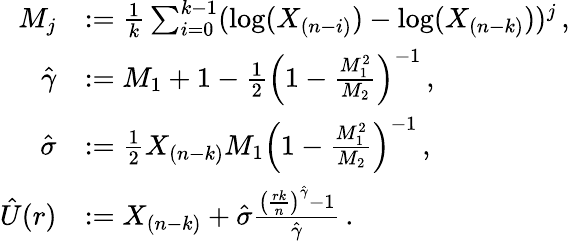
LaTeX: \begin{array}{rl}{M_{j}}&{:=\frac 1k\sum_{i=0}^{k-1}(\log(X_{(n-i)})-\log(X_{(n-k)}))^{j}\, ,}\\ {\hat{\gamma}}&{:=M_{1}+1-\frac 12\left(1-\frac{M_{1}^{2}}{M_{2}}\right)^{-1}\, ,}\\ {\hat{\sigma}}&{:=\frac 12X_{(n-k)}M_{1}\left(1-\frac{M_{1}^{2}}{M_{2}}\right)^{-1}\, ,}\\ {\hat{U}(r)}&{:=X_{(n-k)}+\hat{\sigma}\frac{\left(\frac{rk}{n}\right)^{\hat{\gamma}}-1}{\hat{\gamma}}\, .}\end{array}